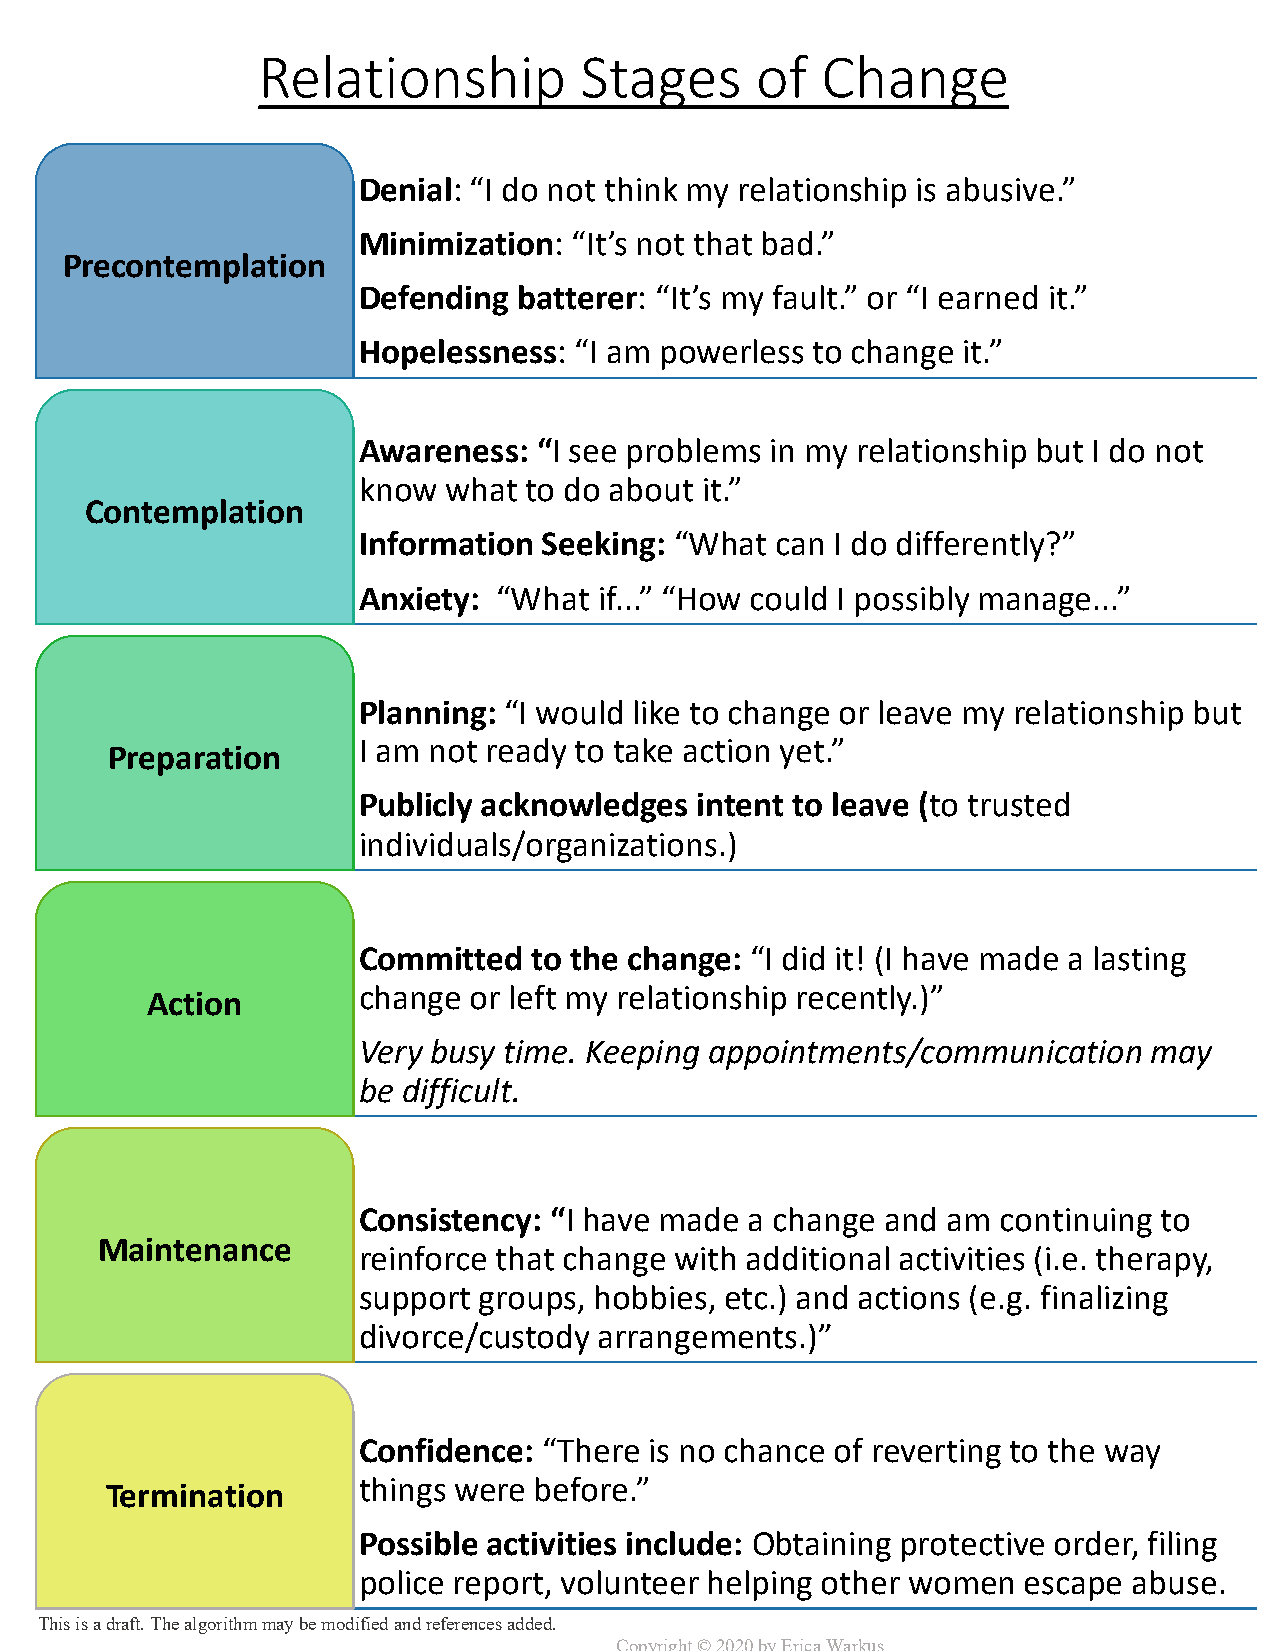
Relationship         Stages      of  Change
 Denial: “I do not think my relationship is abusive.”
 Minimization: “It’s not that bad.”
 Precontemplation
 Defending batterer: “It’s my fault.” or “I earned it.”
 Hopelessness: “I am powerless to change it.”
 Awareness:  “I see problems in my relationship but I do not
 know what  to do about it.”
 Contemplation
 Information Seeking: “What can I do differently?”
 Anxiety: “What  if...” “How could I possibly manage...”
 Planning: “I would like to change or leave my relationship but
 I am not ready to take action yet.”
 Preparation
 Publicly acknowledges intent to leave (to trusted
 individuals/organizations.)
 Committed  to the change: “I did it! (I have made a lasting
 change or left my relationship recently.)”
 Action
 Very busy time. Keeping appointments/communication  may
 be difficult.
 Consistency: “I have made a change and am continuing to
 Maintenance
 reinforce that change with additional activities (i.e. therapy,
 support groups, hobbies, etc.) and actions (e.g. finalizing
 divorce/custody arrangements.)”
 Confidence: “There is no chance of reverting to the way
 things were before.”
 Termination
 Possible activities include: Obtaining protective order, filing
 police report, volunteer helping other women escape abuse.
 This is a draft. The algorithm may be modifiedand references added.
 Copyright © 2020 by Erica Warkus